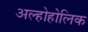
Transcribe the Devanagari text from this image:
अल्होहोलिक